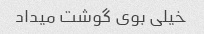
خیلی بوی گوشت میداد